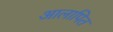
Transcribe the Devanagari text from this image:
आलापित